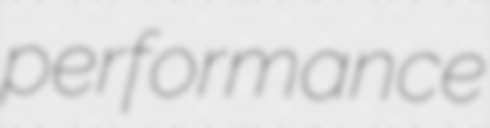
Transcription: performance